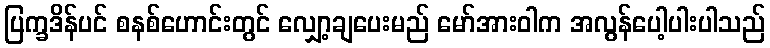
ပြက္ခဒိန်ပင် စနစ်ဟောင်းတွင် လျှော့ချပေးမည် မော်အားဝါက အလွန်ပေါ့ပါးပါသည်